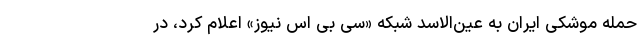
حمله موشکی ایران به عین‌الاسد شبکه «سی بی اس نیوز» اعلام کرد، در